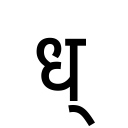
OCR:
ध्